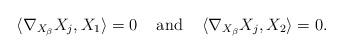
LaTeX: \begin{align*}\langle\nabla_{X_{\beta}}X_{j},X_{1}\rangle=0 \;\;\;\textrm{ and }\;\;\;\langle\nabla_{X_{\beta}}X_{j},X_{2}\rangle=0.\end{align*}